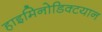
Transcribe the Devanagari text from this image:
हाइमिनोडिक्टयान